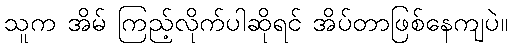
သူက အိမ် ကြည့်လိုက်ပါဆိုရင် အိပ်တာဖြစ်နေကျပဲ။